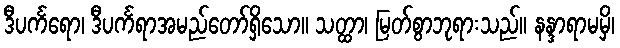
ဒီပင်္ကရော၊ ဒီပင်္ကရာအမည်တော်ရှိသော။ သတ္ထာ၊ မြတ်စွာဘုရားသည်။ နန္ဒာရာမမှိ၊